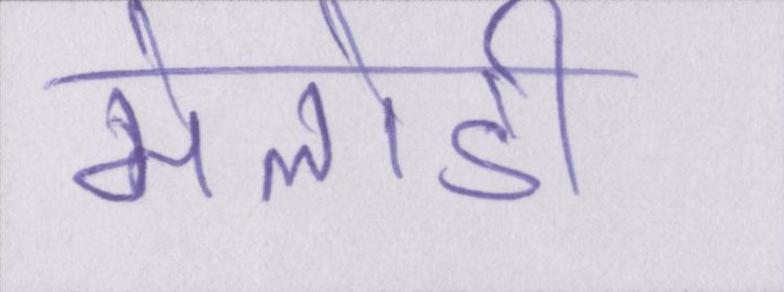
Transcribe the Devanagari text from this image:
मेलोडी